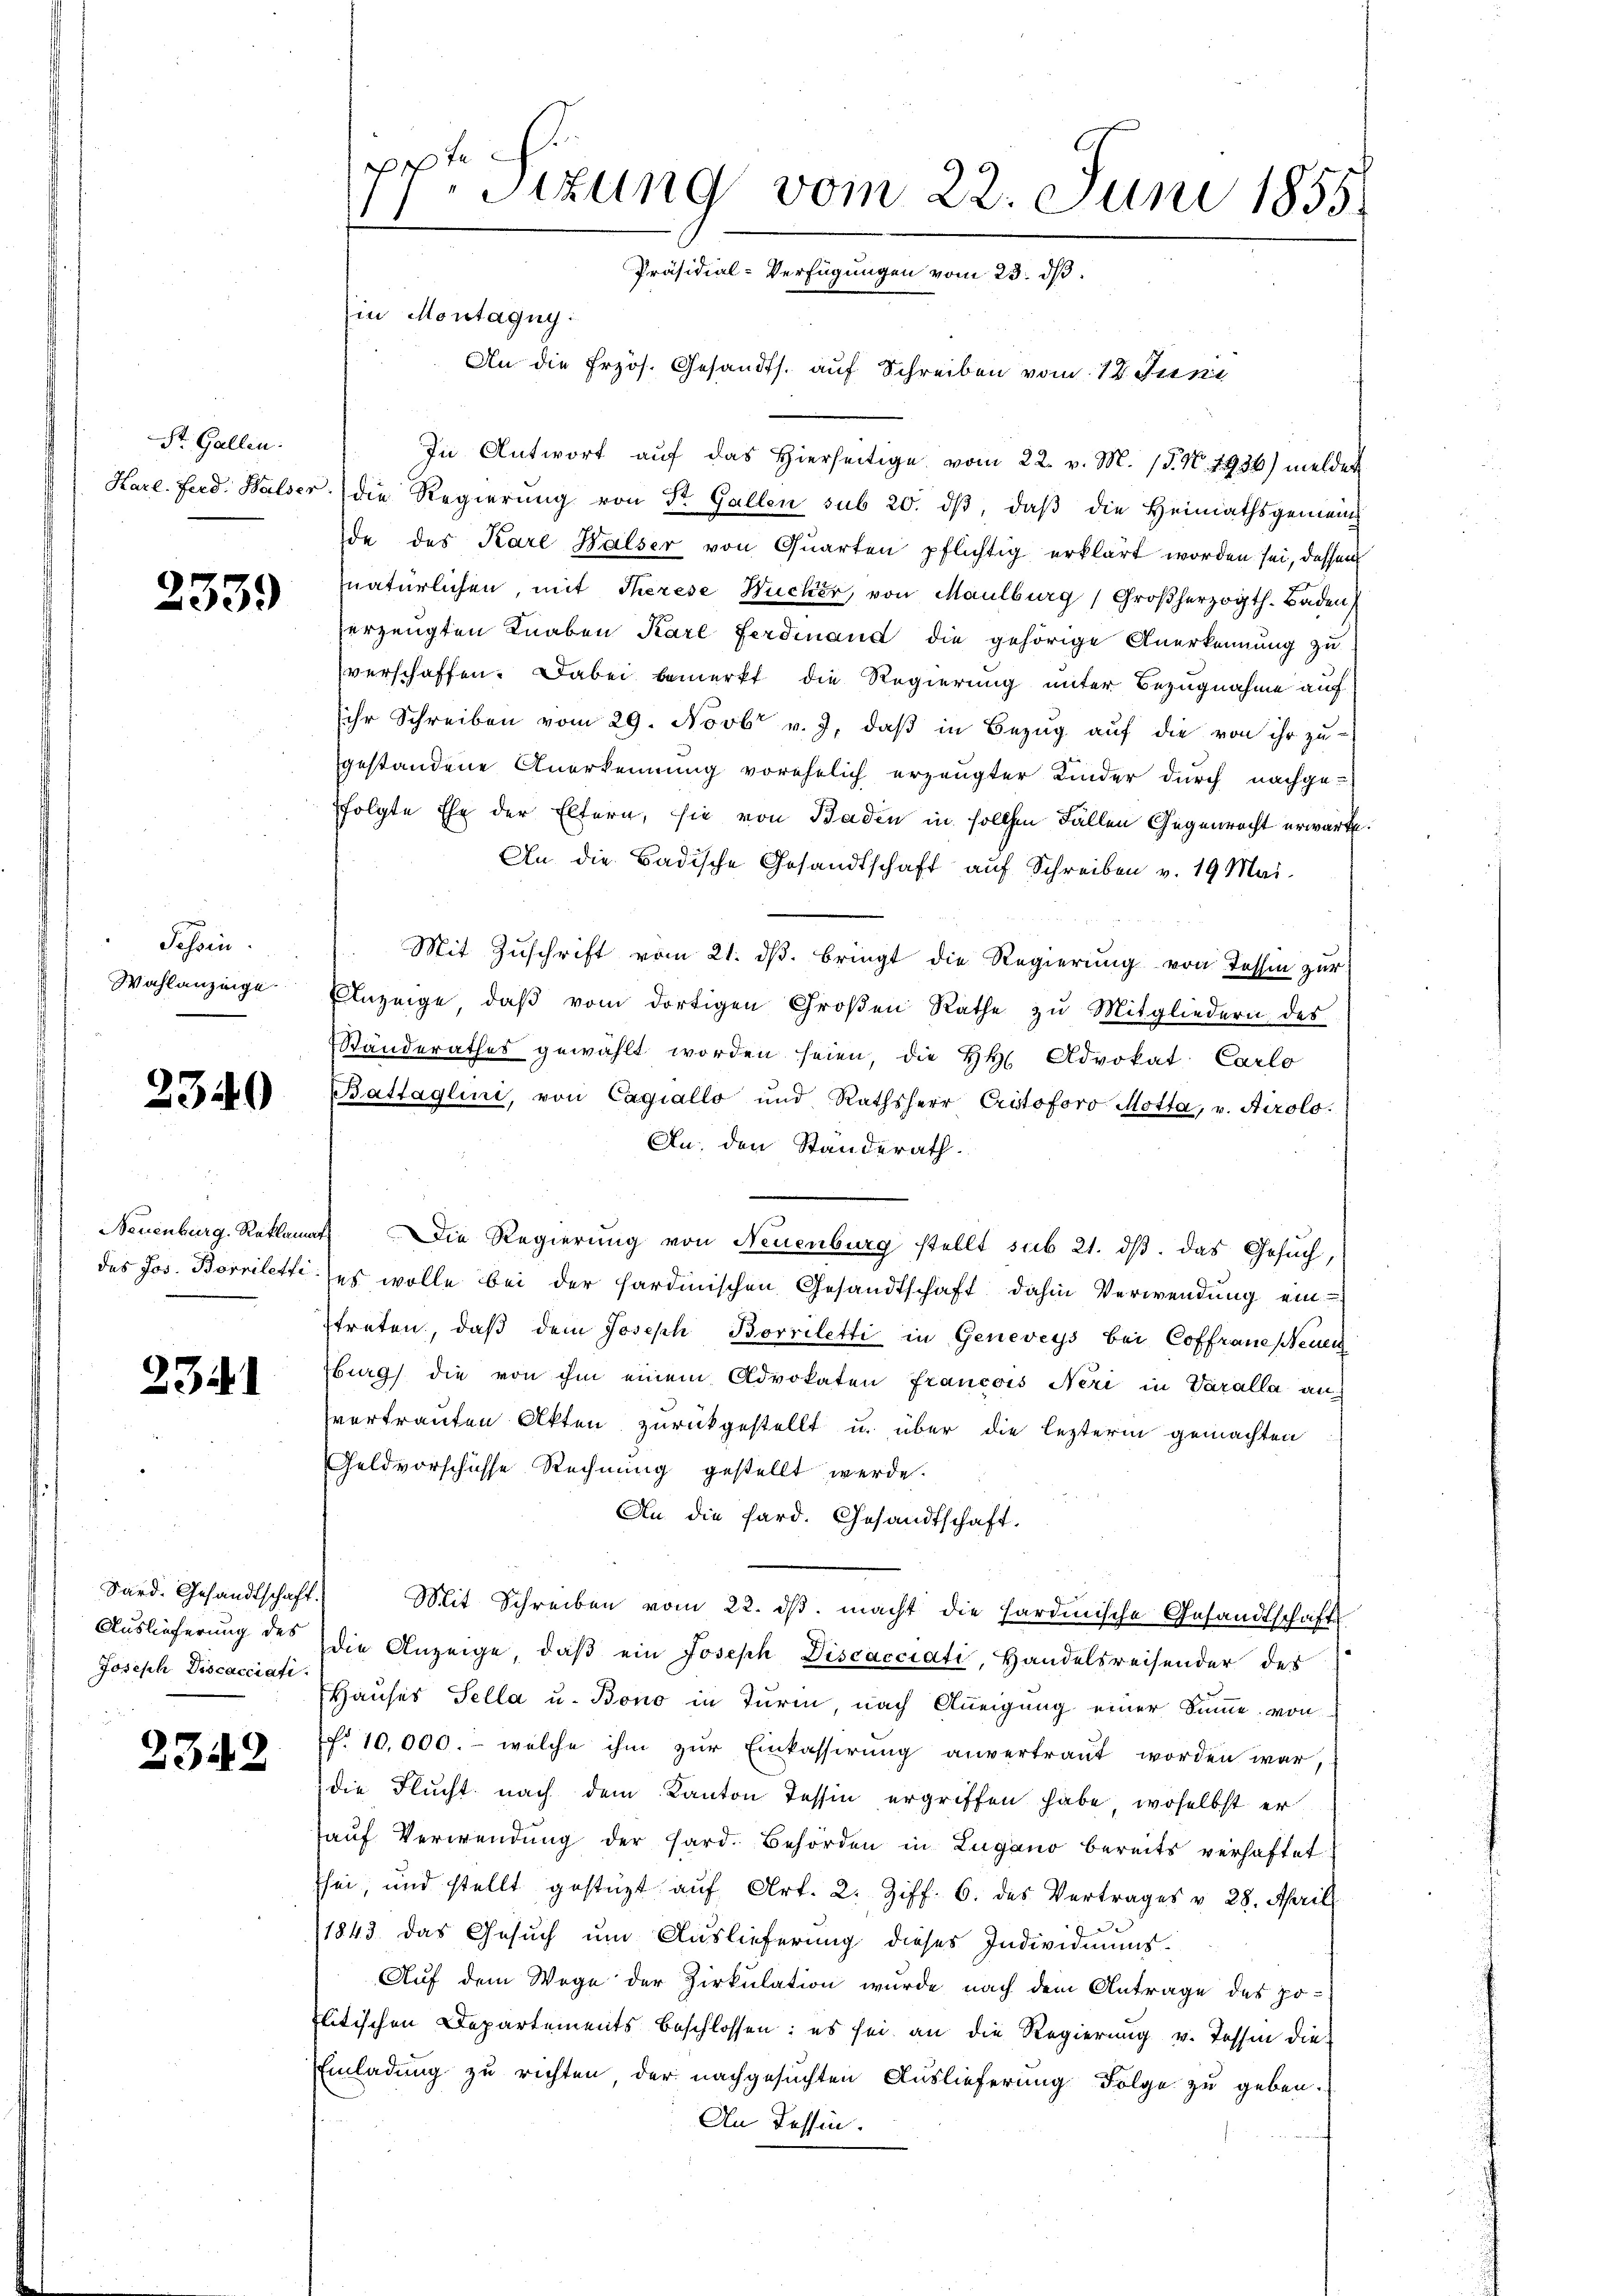
St. Gallen.

2339

Sehen.
Wahlanzinge

2340

2341

Sard. Gesandtschaft.
Auslieferung des
Joseph Discacciati

2342

s
Dr. Sizung vom 22. Juni 1855.
Präsidial-Verfügungen vom 23. dβ.

Ein Montagny:

An die Erzös. Gesandts. auf Schreiben vom 18. Juni
In Antwort aŭf das hierseitige vom 22. v. M. 15. No. 1936) melder
Hare. Ferd. Walser die Regierung von St. Gallen sub 20. dβ, daß die Heimathsgemeinde des Kare Halser von Quarten pflichtig erklärt worden sei, dessen
natürlichen, mit Therese Hucker, von Maulburg, Großherzogth. Baden,
erzeugten Knaben Karl Ferdinand die gehörige Anerkennung zu
verschaffen. Dabei bemerkt die Regierung unter Bezugnahme auf
ihr Schreiben vom 29. Novbr v. J. daß in Bezug auf die von ihr zu-
gestandene Anerkennung vorehelich erzeugter Kinder durch nachge-
folgte Ehe der Eltern, sie von Baden in solchen Fällen Gegenrecht erwarte.
An die Badische Gesandtschaft auf Schreiben v. 19 Mai.
Mit Zuschrift vom 21. dβ. bringt die Regierung von Tessin zur
Anzeige, daβ vom dortigen Großen Rathe zu Mitgliedern des
Ständerathes gewählt worden seien, die HH Advokat Carlo
Battaglini, von Cagiallo und Rathsherr Cristoforo Motta, v. Airolo-
An den Standerath.
Neuenburg. Reklamat. Die Regierung von Neuenburg stellt sub 21. dβ. das Gesŭch,
des Jos. Borrilette (es wolle bei der sardinischen Gesandtschaft dahin Verwendung einstreten, daβ dem Joseph Borriletti in Geneveys bei Coffrane Feuer
Wurg) die von ihm einem Advokaten Francois Neri in Varalla anvertrauten Akten zurückgestellt u. über die lezterm gemachten
Geldvorschüsse Rechnung gestellt werde.
An die Sard. Gesandtschaft.
Mit Schreiben vom 22. dβ. macht die hardinische Gesandtschafts
die Anzeige, daß ein Joseph Discacciati, Handelsreisender des
Hauses Sella u. Bono in Turm, nach Aneigung einer Summe von
f. 10,000.- welche ihm zur Einkassierung anvertraut worden war,
die Flucht nach dem Kanton Tessin ergriffen habe, woselbst er
aŭf Verwendung der Hard. Behörden in Lugano bereits verhaftet
sei, und stellt gestüzt auf Art. 2. Ziff. 6. des Vertrages v. 28. April
1843 das Gesuch um Auslieferung dieses Individuums
Auf dem Wege der Zirkulation wurde nach dem Antrage des politischen Departements beschlossen: es sei an die Regierung v. Tessin die
Einladung zu richten, der nachgesuchten Auslieferung Folge zu geben.
An Tessin.